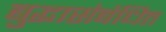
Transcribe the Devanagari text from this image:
बुद्धासंबंधित